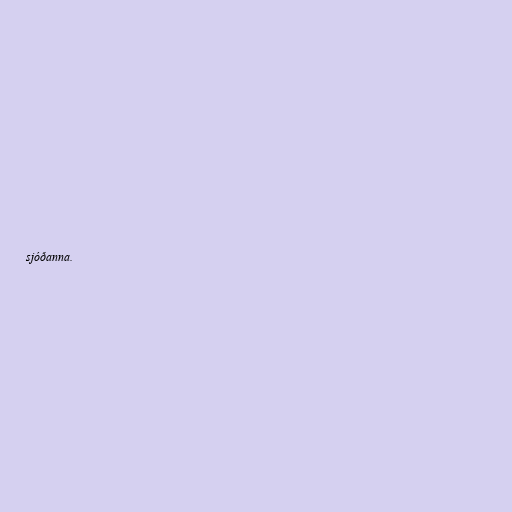
sjóðanna.